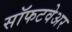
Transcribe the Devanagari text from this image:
सॉफटवेअर